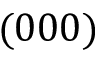
( 0 0 0 )